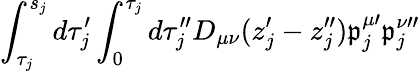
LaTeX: \int_{\tau_{j}}^{s_{j}}d\tau_{j}^{\prime}\int_{0}^{\tau_{j}}d\tau_{j}^{\prime\prime}D_{\mu\nu}(z_{j}^{\prime}-z_{j}^{\prime\prime})\mathfrak{p}_{j}^{\mu\prime}\mathfrak{p}_{j}^{\nu\prime\prime}